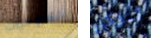
المروحيات تتركى